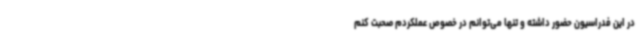
در این فدراسیون حضور داشته و تنها می‌توانم در خصوص عملکردم صحبت کنم